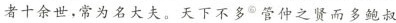
者十余世，常为名大夫。天下不多^{⑥】管仲之贤而多鲍叔